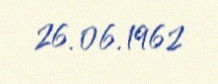
26.06.1962